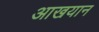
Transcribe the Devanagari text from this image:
आखयान